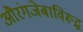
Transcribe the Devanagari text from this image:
औरंगजेबाविरूद्ध